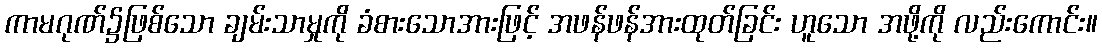
ကာမဂုဏ်၌ဖြစ်သော ချမ်းသာမှုကို ခံစားသောအားဖြင့် အဖန်ဖန်အားထုတ်ခြင်း ဟူသော အဖို့ကို လည်းကောင်း။